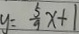
y = \frac { 5 } { 9 } x + 1